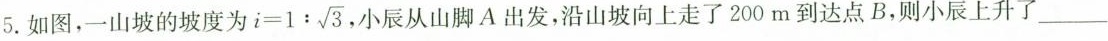
5.如图，一山坡的坡度为 $$i = 1 :